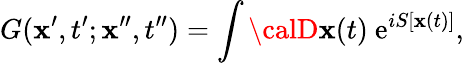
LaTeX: G(\mathbf{x}^{\prime},t^{\prime};\mathbf{x}^{\prime\prime},t^{\prime\prime})=\int{\calD}\mathbf{x}(t)\ \mathrm{{e}}^{iS[\mathbf{x}(t)]},